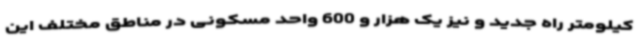
کیلومتر راه جدید و نیز یک هزار و 600 واحد مسکونی در مناطق مختلف این